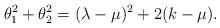
LaTeX: \begin{align*} \theta_1^2+\theta_2^2 = (\lambda-\mu)^2+2(k-\mu).\end{align*}